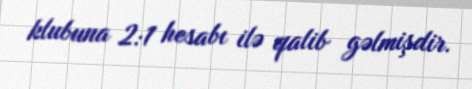
klubuna 2:1 hesabı ilə qalib gəlmişdir.